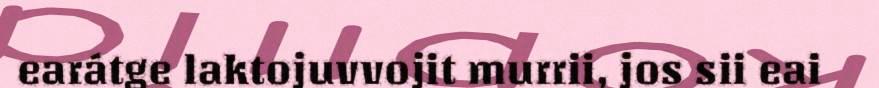
earátge laktojuvvojit murrii, jos sii eai